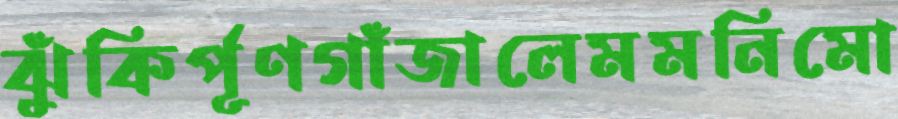
ঝুঁকির্পূণগাঁজালেমমনিমো